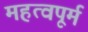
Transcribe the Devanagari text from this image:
महत्वपूर्म